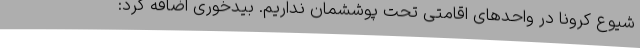
شیوع کرونا در واحدهای اقامتی تحت پوششمان نداریم. بیدخوری اضافه کرد: